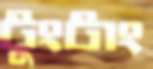
টুংটাং